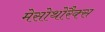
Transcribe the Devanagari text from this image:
मेसोथोरैक्स